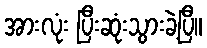
အားလုံး ပြီးဆုံးသွားခဲ့ပြီ။